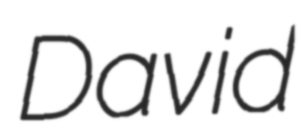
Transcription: David